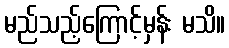
မည်သည့်ကြောင့်မှန်း မသိ။